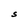
Character: S